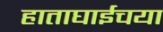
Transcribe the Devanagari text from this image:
हाताघाईचया